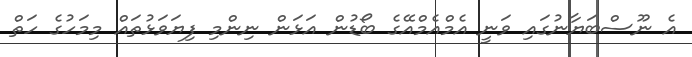
އެ ނޫސްބަޔާނުގައި ވަނީ އެމްއެމްއޭގެ ބޯޑުން އަޅަން ނިންމި ފިޔަވަޅުތައް މިމަހުގެ ހަތް